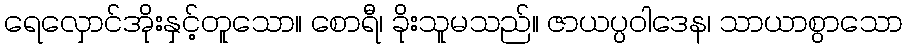
ရေလှောင်အိုးနှင့်တူသော။ စောရီ၊ ခိုးသူမသည်။ ဇာယပ္ပဝါဒေန၊ သာယာစွာသော